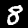
Digit: 8